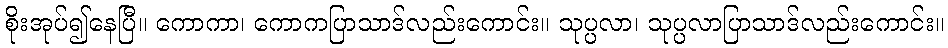
စိုးအုပ်၍နေပြီ။ ကောကာ၊ ကောကပြာသာဒ်လည်းကောင်း။ သုပ္ပလာ၊ သုပ္ပလာပြာသာဒ်လည်းကောင်း။